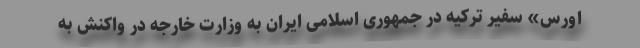
اورس» سفیر ترکیه در جمهوری اسلامی ایران به وزارت خارجه در واکنش به